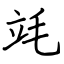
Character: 竓